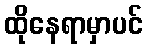
ထိုနေရာမှာပင်